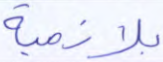
بلازمية